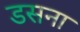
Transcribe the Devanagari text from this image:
डसना